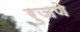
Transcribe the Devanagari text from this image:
रुजणे